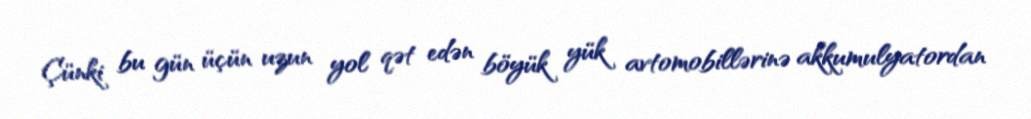
Çünki bu gün üçün uzun yol qət edən böyük yük avtomobillərinə akkumulyatordan